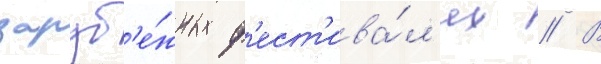
заруб'е́жных ф'ест'ива́л'ях // В